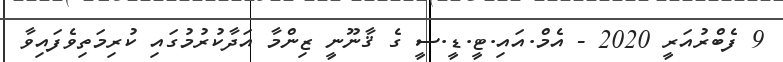
9 ފެބްރުއަރީ 2020 - އެމް.އައި.ޓީ.ޑީ.ސީ ގެ ޤާނޫނީ ޒިންމާ އަދާކުރުމުގައި ކުރިމަތިވެފައިވާ